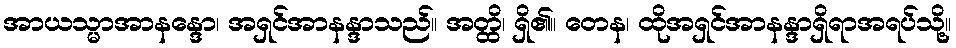
အာယသ္မာအာနန္ဒော၊ အရှင်အာနန္ဒာသည်။ အတ္ထိ၊ ရှိ၏။ တေန၊ ထိုအရှင်အာနန္ဒာရှိရာအရပ်သို့။